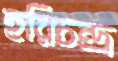
হরিচন্দ্র